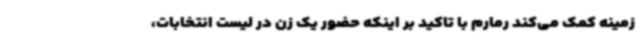
زمینه کمک می‌کند رمارم با تاکید بر اینکه حضور یک زن در لیست انتخابات،